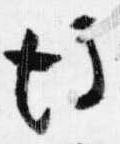
後